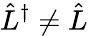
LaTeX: \hat{L}^{\dagger}\neq\hat{L}